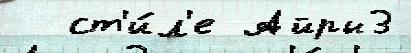
  ст'и́л'е Айры3